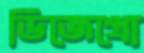
ডিজেপ্রো